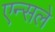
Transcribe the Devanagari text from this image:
एन्सले